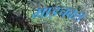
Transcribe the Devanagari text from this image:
माइचक्स